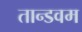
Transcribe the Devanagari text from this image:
तान्डवम